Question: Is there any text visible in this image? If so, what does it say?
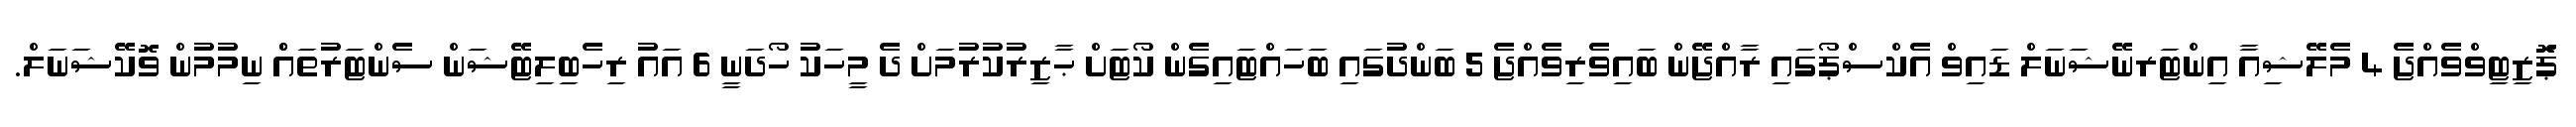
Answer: ޕަޮޒިޓިވްވެއްޖެ 4 މެލޭޝިއާ އިންޓަރނޭޝަނަލް ޑައިވް އެކްސްޕޯގައި ރާއްޖޭން ބައިވެރިވެއްޖެ 5 ބަންދުގައި ބަހައްޓައިގެން ކޯޓަށް ޙާޒިރުކުރުމަށް ދެ މީހަކު ހޯދަނީ 6 އައު ރިހެބިލިޓޭޝަން ސެންޓަރުތައްް ނިމުމުން ވޮކޭޝަނަލް.